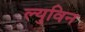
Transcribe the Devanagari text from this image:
ल्युविन